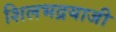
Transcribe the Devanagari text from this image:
शिलभद्रयाजी